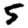
Digit: 5